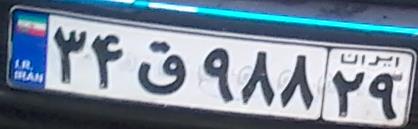
۳۴ق۹۸۸۲۹